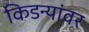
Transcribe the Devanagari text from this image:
किडन्यांवर